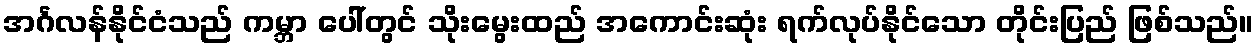
အင်္ဂလန်နိုင်ငံသည် ကမ္ဘာ ပေါ်တွင် သိုးမွေးထည် အကောင်းဆုံး ရက်လုပ်နိုင်သော တိုင်းပြည် ဖြစ်သည်။